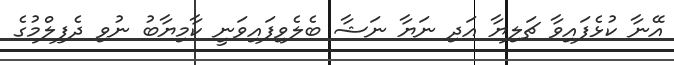
އޭނާ ކުޅެފައިވާ ޗަލިޔާ އަދި ނަޔާ ނަޝާ ބެލެވިފައިވަނީ ކާމިޔާބު ނުވި ދެފިލްމުގެ